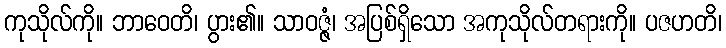
ကုသိုလ်ကို။ ဘာဝေတိ၊ ပွား၏။ သာဝဇ္ဇံ၊ အပြစ်ရှိသော အကုသိုလ်တရားကို။ ပဇဟတိ၊